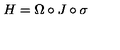
H = \Omega \circ J \circ \sigma